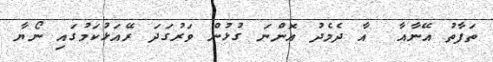
ތަފާތު އޭނާއާ  އާ ދެމެދު އޮންނަ ގުޅުން ވަރުގަދަ ރޭއަޅުކަމުގައި ނޯޔާ